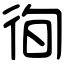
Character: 徇